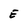
Character: E